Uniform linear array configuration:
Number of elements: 16
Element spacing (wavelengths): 0.25
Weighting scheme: blackman
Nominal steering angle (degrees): -15
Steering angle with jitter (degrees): -16.014
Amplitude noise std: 0.05
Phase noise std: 0.05

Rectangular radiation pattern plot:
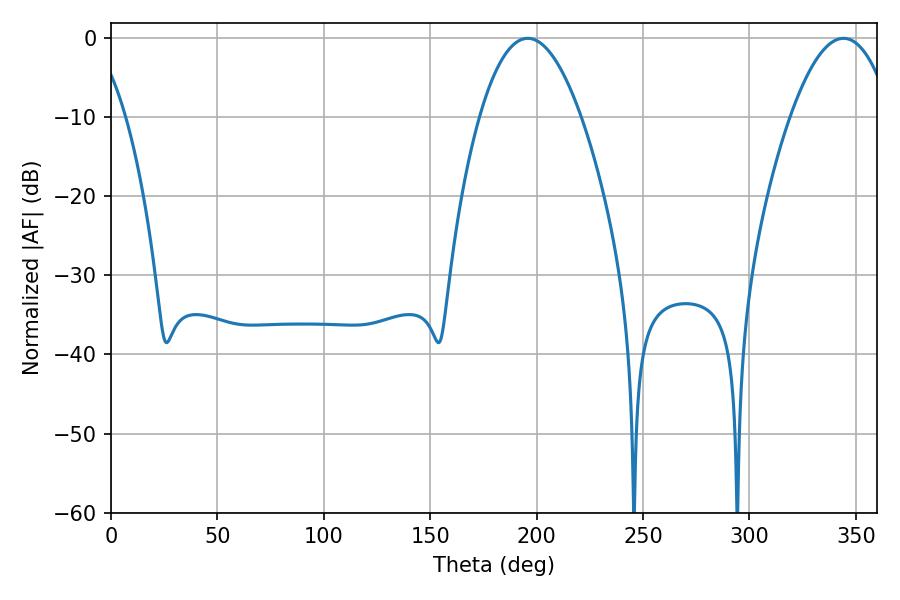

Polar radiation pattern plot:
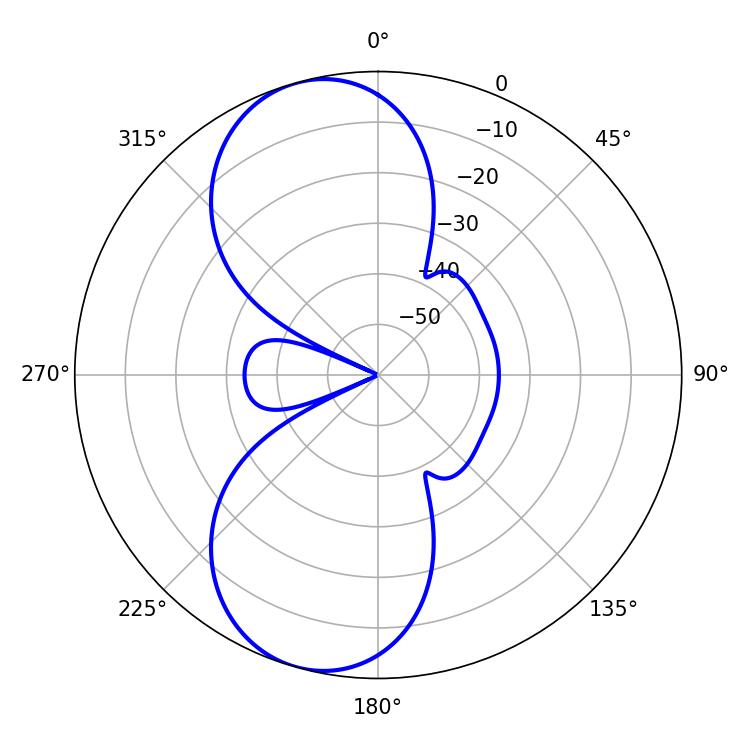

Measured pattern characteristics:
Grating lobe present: FALSE
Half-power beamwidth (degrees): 26.28
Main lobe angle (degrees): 195.84